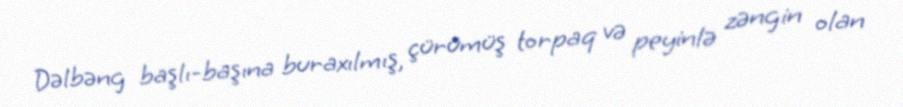
Dəlbəng başlı-başına buraxılmış, çürümüş torpaq və peyinlə zəngin olan